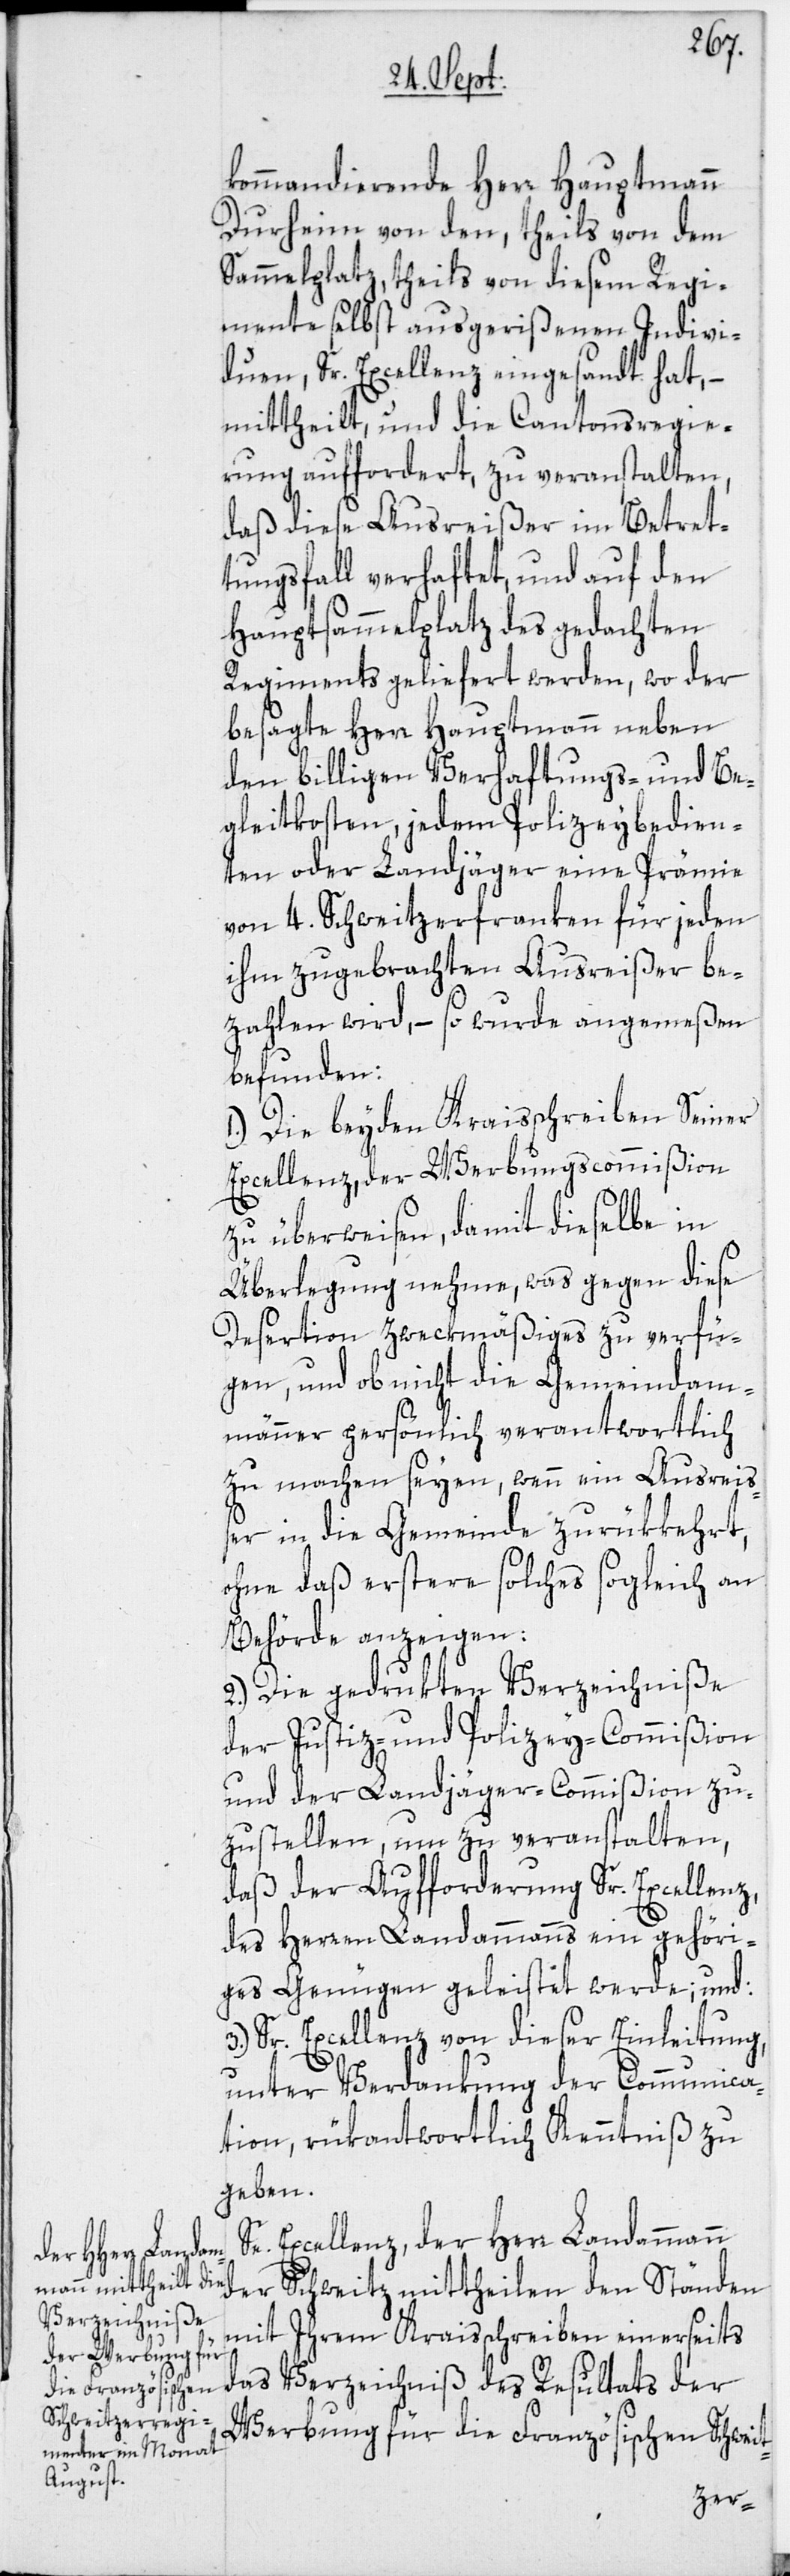
kommandierende Herr Hauptmann
Durheim von den, theils von dem
Sammelplatz, theils von diesem Regi¬
mente selbst ausgerißenen Indivi¬
duen, Se. Excellenz eingesandt hat, –
mittheilt, und die Cantonsregie¬
rung auffordert, zu veranstalten,
daß diese Ausreißer im Betret¬
tungsfall verhaftet, und auf den
Hauptsammelplatz des gedachten
Regiments geliefert werden, wo der
besagte Herr Hauptmann neben
den billigen Verhaftungs- und Be¬
gleitkosten, jedem Polizeybedien¬
ten oder Landjäger eine Prämie
von 4. Schweitzerfranken für jeden
ihm zugebrachten Ausreißer be¬
zahlen wird, – so wurde angemeßen
befunden:
1.) Die beyden Kraisschreiben Seiner
Excellenz, der Werbungscommißion
zu überwiesen, damit dieselbe in
Überlegung nehme, was gegen diese
Desertion Zweckmäßiges zu verfü¬
gen, und ob nicht die Gemeindam¬
männer persönlich verantwortlich
zu machen seyen, wenn ein Ausreis¬
ser in die Gemeinde zurükkehrt,
ohne daß erstere solches sogleich an
Behörde anzeigen:
2.) Die gedrukten Verzeichniße
der Justiz- und Polizey-Commißion
und der Landjäger-Commißion zu¬
zustellen, um zu veranstalten,
daß der Aufforderung Sr. Excellenz,
des Herren Landammanns ein gehöri¬
ges Genügen geleistet werde; und:
Sr. Excellenz von dieser Einleitung,
unter Verdankung der Communica¬
tion, rükantwortlich Kenntniß zu
geben.
Excellenz, der Herr Landammann
der Schweitz mittheilen den Ständen
mit Ihrem Kraisschreiben einerseits
das Verzeichniß des Resultats der
Werbung für die Französischen Schwei¬
t-